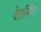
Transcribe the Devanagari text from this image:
रेलसिंग